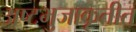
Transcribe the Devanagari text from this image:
अष्टभुजाकृतीत